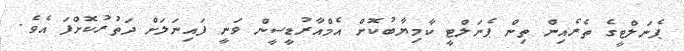
ޕެނަލްޓީގެ ތެރެއިން ތިން ޕެނަލްޓީ ކާމިޔާބުކޮށް އެމްއާރުޑީސީން ވަނީ ފައިނަލަށް ދަތުރުކޮށްފަ އެވެ.